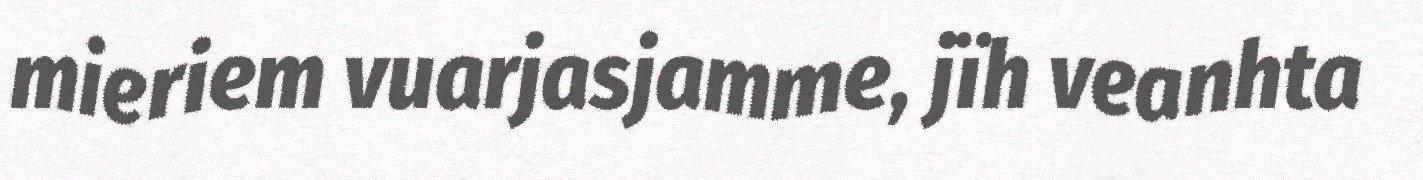
mieriem vuarjasjamme, jïh veanhta